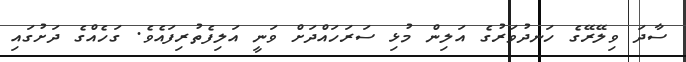
ސާދަ ވިލޭރޭގެ ހަނދުވަރުގެ އަލިން މުޅި ސަރަހައްދަށް ވަނީ އަލިފެތުރިފައެވެ. ގަހެއްގެ ދަށުގައި